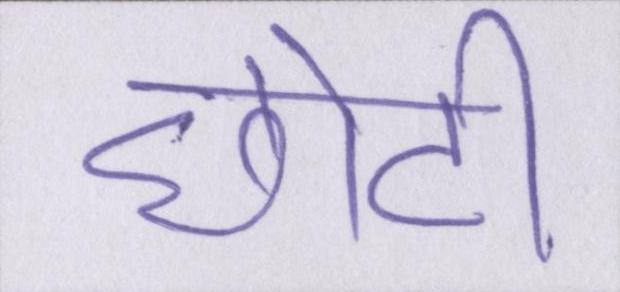
छोटी